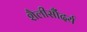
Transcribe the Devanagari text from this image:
शैलीसौंदर्य